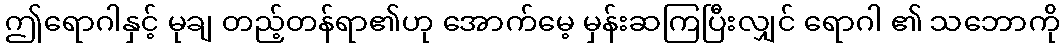
ဤရောဂါနှင့် မုချ တည့်တန်ရာ၏ဟု အောက်မေ့ မှန်းဆကြပြီးလျှင် ရောဂါ ၏ သဘောကို